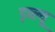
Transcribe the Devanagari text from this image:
ड़ब्ल्यू